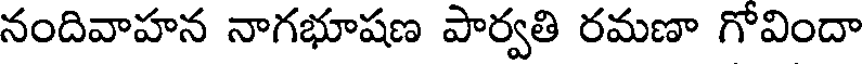
నందివాహన నాగభూషణ పార్వతి రమణా గోవిందా